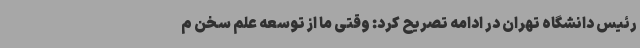
رئیس دانشگاه تهران در ادامه تصریح کرد: وقتی ما از توسعه علم سخن م